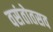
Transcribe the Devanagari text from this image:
वसंतोतसव